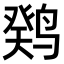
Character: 𫛼